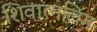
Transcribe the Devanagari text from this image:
शिवात्मलिंग